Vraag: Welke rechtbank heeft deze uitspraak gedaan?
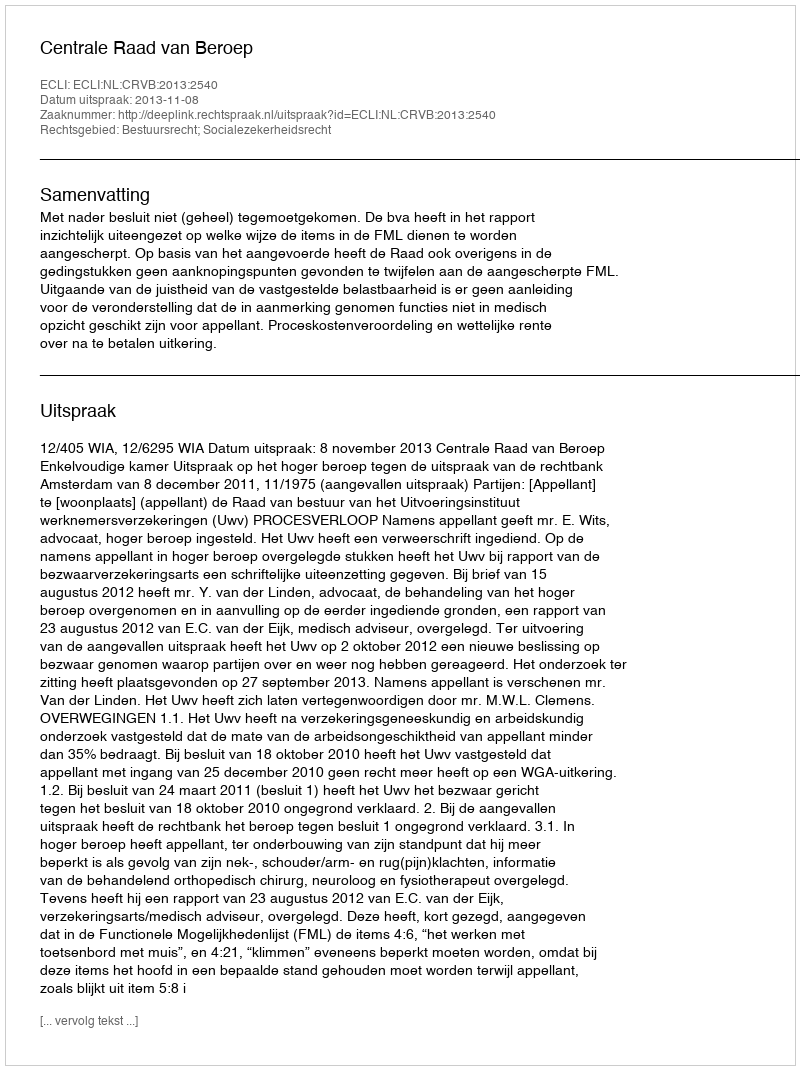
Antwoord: Centrale Raad van Beroep